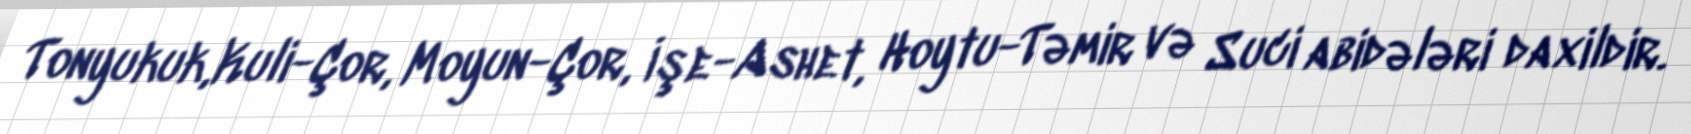
Tonyukuk,Kuli-Çor, Moyun-Çor, İşe-Ashet, Hoytu-Təmir və Suci abidələri daxildir.